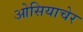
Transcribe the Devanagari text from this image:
ओसियाचेर